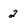
Character: 2